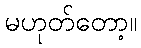
မဟုတ်တော့။